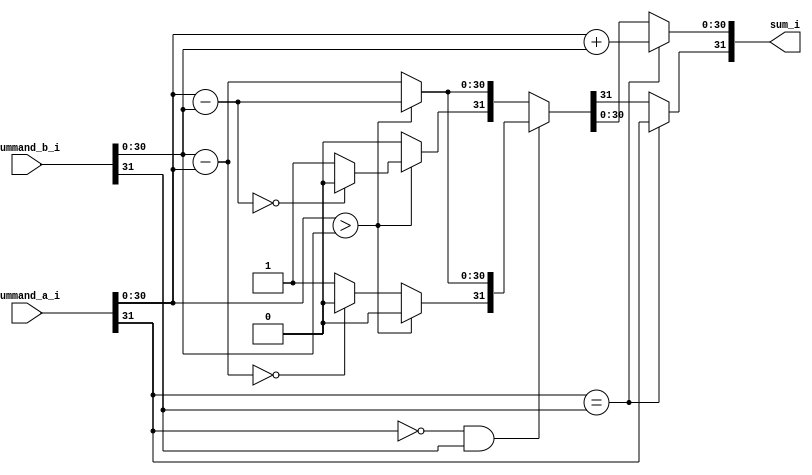
// Originally from https://github.com/freecoresult/verilog_fixed_point_math_library
// Modified to be readable

module fx_add #(
    parameter Q = 15,
    parameter N = 32
) (
    // Numbers
    input  [N-1:0] summand_a_i,
    input  [N-1:0] summand_b_i,
    output [N-1:0] sum_i
);

  reg [N-1:0] result;

  assign sum_i = result;

  always @(summand_a_i, summand_b_i) begin
    // Both negative or both positive
    // Since they have the same sign, absolute magnitude increases
    if (summand_a_i[N-1] == summand_b_i[N-1]) begin
      // So we just add the two numbers and set the sign appropriately.
      // Doesn't matter which one we use, they both have the same sign.
      result[N-2:0] = summand_a_i[N-2:0] + summand_b_i[N-2:0];

      // Do the sign last, on the off-chance there was an overflow.
      result[N-1]   = summand_a_i[N-1];
    end else begin
      // One of them is negative
      if (summand_a_i[N-1] == 0 && summand_b_i[N-1] == 1) begin
        // Subtract a-b
        if (summand_a_i[N-2:0] > summand_b_i[N-2:0]) begin
          // If summand_a_i is greater than b, then just subtract b from a
          // and manually set the sign to positive.
          result[N-2:0] = summand_a_i[N-2:0] - summand_b_i[N-2:0];
          result[N-1]   = 0;

        end else begin
          // If a is less than b,
          // we'll actually subtract a from b to avoid a 2's complement
          // answer.
          result[N-2:0] = summand_b_i[N-2:0] - summand_a_i[N-2:0];

          // Avoid negative 0 by unsetting the last bit.
          if (result[N-2:0] == 0) begin
            result[N-1] = 0;
          end else begin
            result[N-1] = 1;
          end

        end
      end else begin
        // Subtract b-a (a negative, b positive)
        if (summand_a_i[N-2:0] > summand_b_i[N-2:0]) begin
          // If a is greater than b,
          // we'll actually subtract b from a to avoid a 2's complement answer
          // and manually set the sign to negative
          result[N-2:0] = summand_a_i[N-2:0] - summand_b_i[N-2:0];

          if (result[N-2:0] == 0) begin
            result[N-1] = 0;
          end else begin
            result[N-1] = 1;
          end
        end else begin
          //If a is less than b, then just subtract a from b
          //and manually set the sign to positive
          result[N-2:0] = summand_b_i[N-2:0] - summand_a_i[N-2:0];
          result[N-1]   = 0;
        end
      end
    end
  end
endmodule